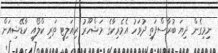
ނިމިގެން ދިޔަ ބުރާސްފަތި ދުވަހު އެމެރިކާގެ މަޝްހޫރު ރިއަލިޓީ ތަރި ކްލޯއީ ކާޑޭޝިއަން